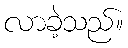
လာခဲ့သည်။